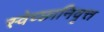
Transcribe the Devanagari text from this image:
स्वेच्छानिवृत्त